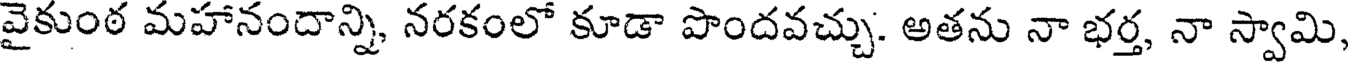
వైకుంఠ మహానందాన్ని, నరకంలో కూడా పొందవచ్చు. అతను నా భర్త, నా స్వామి,